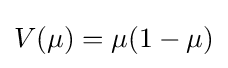
V(\mu )=\mu (1-\mu )